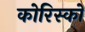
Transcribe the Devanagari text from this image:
कोरिस्को